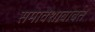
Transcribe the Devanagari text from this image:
समावेशाबाबत